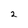
Character: 2